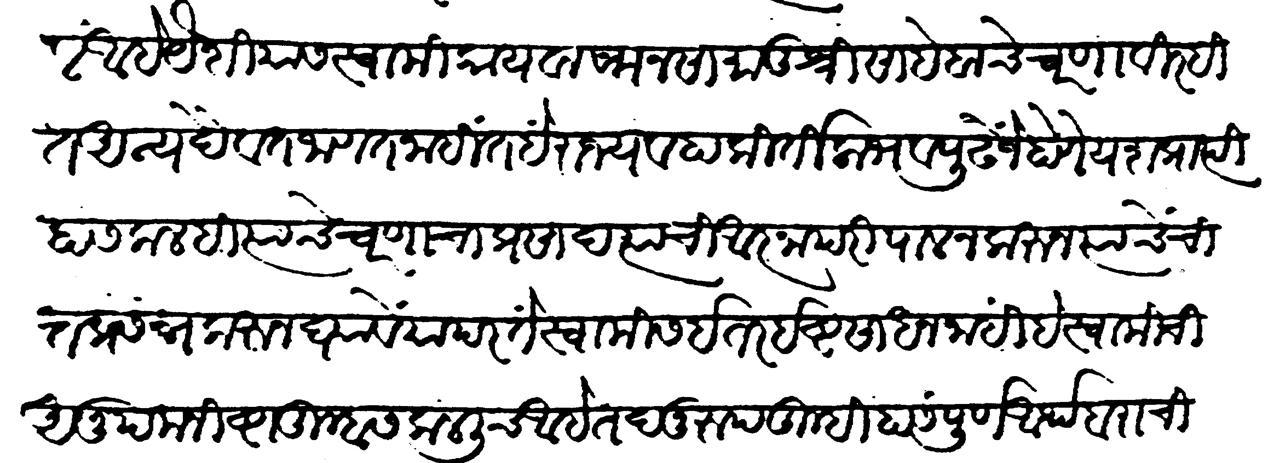
Transliteration (Devanagari): ठेवीलें आहे यैशीयास स्वामी कायवाच मनसा मातोश्री साहेबांचे चरणा विरहित अन्य दैवत जाणत नाहीत हें राज्य व हा कीर्ति लाभ व पुढे जें होणें यश प्राप्ति हा सकलही त्याचे चरणाचा प्रसाद त्यांची आज्ञा परिपालन करुन त्यांचे चित्त प्रसन्न करुन घ्यावे यापरतें स्वामीस इतर इष्ट साधन नाहीं हे स्वामीची अनुपम निष्वा तुम्हास कळलीच आहे तदनुरुप तुम्ही हा संपूर्ण आर्थ बरा चित्तांत